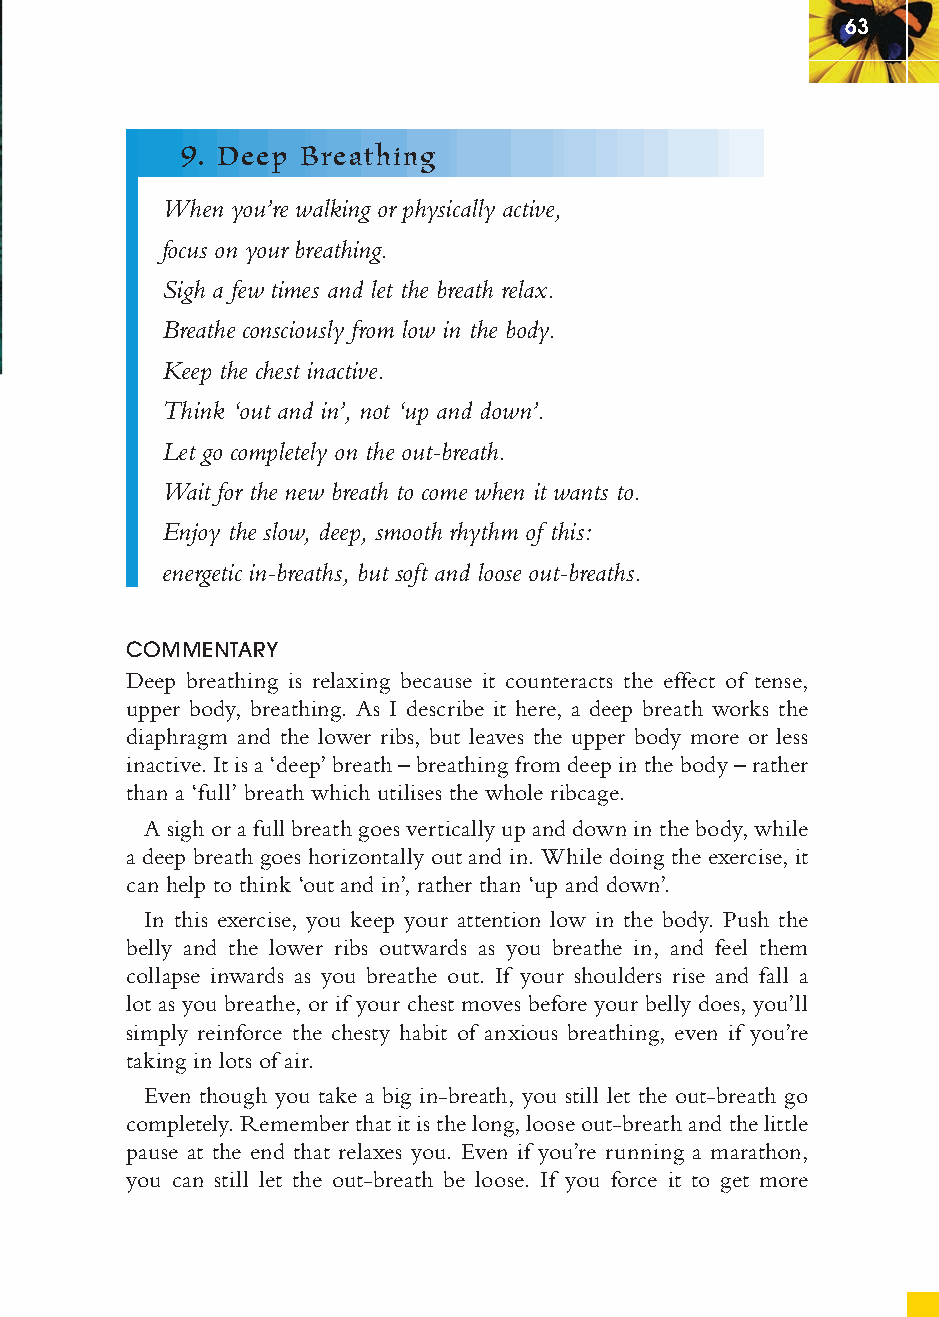
63
 9. Deep Breathing
 When you’re walking or physically active,
 focus on your breathing.
 Sigh a few times and let the breath relax.
 Breathe consciously from low in the body.
 Keep the chest inactive.
 Think ‘out and in’, not ‘up and down’.
 Let go completely on the out-breath.
 Wait for the new breath to come when it wants to.
 Enjoy the slow, deep, smooth rhythm of this:
 energetic in-breaths, but soft and loose out-breaths.
 COMMENTARY
 Deep breathing is relaxing because it counteracts the effect of tense,
 upper body, breathing. As I describe it here, a deep breath works the
 diaphragm and the lower ribs, but leaves the upper body more or less
 inactive. It is a ‘deep’ breath – breathing from deep in the body – rather
 than a ‘full’ breath which utilises the whole ribcage.
 A sigh or a full breath goes vertically up and down in the body, while
 a deep breath goes horizontally out and in. While doing the exercise, it
 can help to think ‘out and in’, rather than ‘up and down’.
 In this exercise, you keep your attention low in the body. Push the
 belly and the lower ribs outwards as you breathe in, and feel them
 collapse inwards as you breathe out. If your shoulders rise and fall a
 lot as you breathe, or if your chest moves before your belly does, you’ll
 simply reinforce the chesty habit of anxious breathing, even if you’re
 taking in lots of air.
 Even though you take a big in-breath, you still let the out-breath go
 completely. Remember that it is the long, loose out-breath and the little
 pause at the end that relaxes you. Even if you’re running a marathon,
 you can still let the out-breath be loose. If you force it to get more
 ffiivvee__220000667788..iinndddd SSeecc11::6677     3300//55//0055 55::0044::1166 PPMM